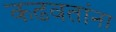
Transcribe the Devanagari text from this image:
कढवतांना